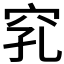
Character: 𥥅